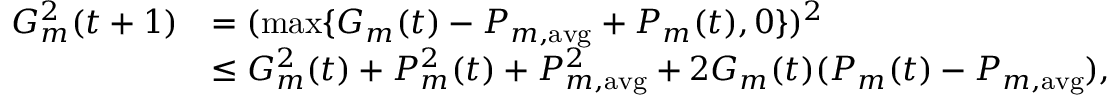
\begin{array} { r l } { G _ { m } ^ { 2 } ( t + 1 ) } & { = ( \operatorname* { m a x } \{ G _ { m } ( t ) - P _ { m , \mathrm { a v g } } + P _ { m } ( t ) , 0 \} ) ^ { 2 } } \\ & { \leq G _ { m } ^ { 2 } ( t ) + P _ { m } ^ { 2 } ( t ) + P _ { m , \mathrm { a v g } } ^ { 2 } + 2 G _ { m } ( t ) ( P _ { m } ( t ) - { P } _ { m , \mathrm { a v g } } ) , } \end{array}